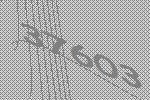
37603